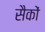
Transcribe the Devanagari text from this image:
सैकों